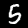
Label: 5